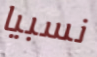
نسبيا